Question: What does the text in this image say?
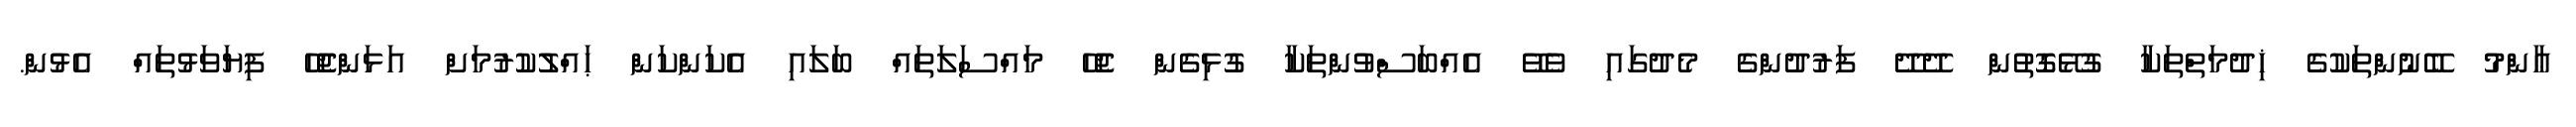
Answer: ޢާންމު ބޭނުންތަކުގެ ޚިދުމަތްތަކާ ގުޅޭގޮތުން ދޭދޭ ފަރުދުންގެ މެދުގައި ވެވޭ އެއްބަސްވުންތަކާ ގުޅިގެން ޖެހޭ މައްސަލަތައް ބަލައި އެކަންކަން ޙައްލުކުރުމަށް އަޅަންޖެހޭ ފިޔަވަޅުތައް އެޅުން.